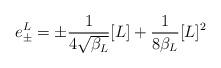
LaTeX: \begin{align*} e^{L} _{\pm}= \pm \frac{1}{4\sqrt{\beta_{L}}} [L] + \frac{1}{8\beta_{L}} [L]^2 \end{align*}